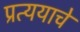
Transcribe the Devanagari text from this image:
प्रत्ययाचे